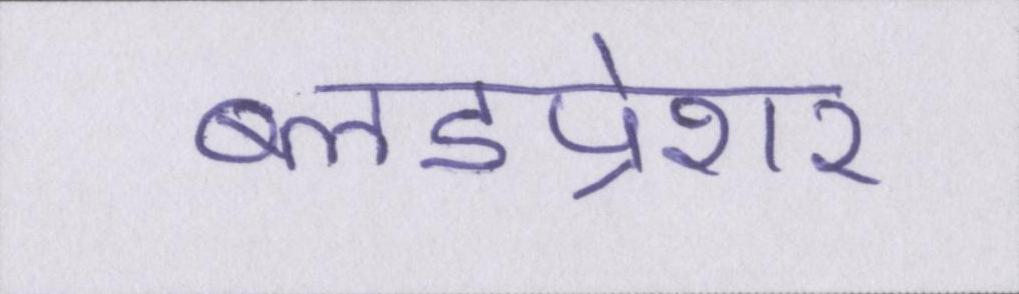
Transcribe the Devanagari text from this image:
ब्लडप्रेशर